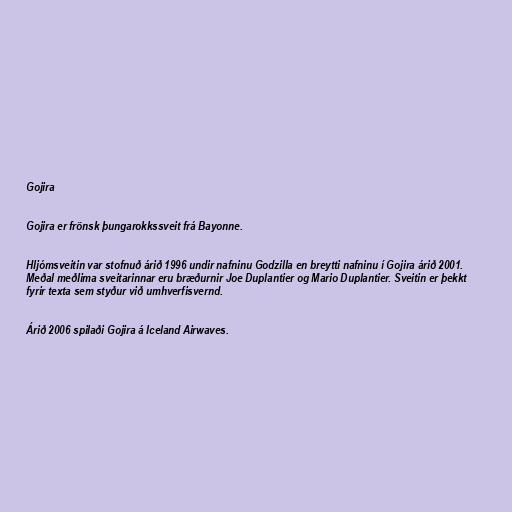
Gojira

Gojira er frönsk þungarokkssveit frá Bayonne.

Hljómsveitin var stofnuð árið 1996 undir nafninu Godzilla en breytti nafninu í Gojira árið 2001.
Meðal meðlima sveitarinnar eru bræðurnir Joe Duplantier og Mario Duplantier. Sveitin er þekkt
fyrir texta sem styður við umhverfisvernd.

Árið 2006 spilaði Gojira á Iceland Airwaves.